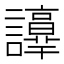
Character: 𧭺